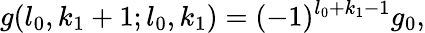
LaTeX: g(l_{0},k_{1}+1;l_{0},k_{1})=(-1)^{l_{0}+k_{1}-1}g_{0},